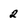
Character: 2